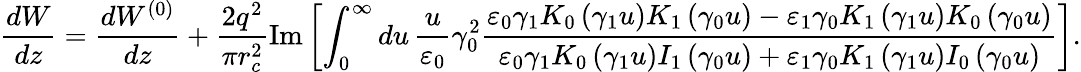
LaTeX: \frac{dW}{dz}=\frac{dW^{(0)}}{dz}+\frac{2q^{2}}{\pi r_{c}^{2}}\mathrm{Im}\left[\int_{0}^{\infty}du\, \frac{u}{\varepsilon_{0}}\gamma_{0}^{2}\frac{\varepsilon_{0}\gamma_{1}K_{0}\left(\gamma_{1}u\right)K_{1}\left(\gamma_{0}u\right)-\varepsilon_{1}\gamma_{0}K_{1}\left(\gamma_{1}u\right)K_{0}\left(\gamma_{0}u\right)}{\varepsilon_{0}\gamma_{1}K_{0}\left(\gamma_{1}u\right)I_{1}\left(\gamma_{0}u\right)+\varepsilon_{1}\gamma_{0}K_{1}\left(\gamma_{1}u\right)I_{0}\left(\gamma_{0}u\right)}\right].